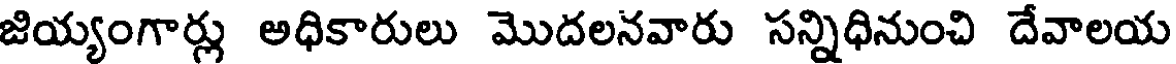
జియ్యంగార్లు అధికారులు మొదలనవారు సన్నిధినుంచి దేవాలయ